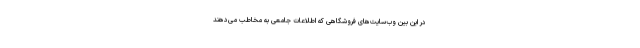
در این بین وب‌سایت‌های فروشگاهی که اطلاعات جامعی به مخاطب می‌دهند